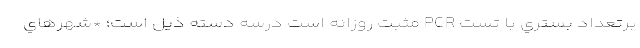
برتعداد بستري با تست PCR مثبت روزانه است درسه دسته ذیل است؛ *شهرهاي